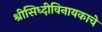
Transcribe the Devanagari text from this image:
श्रीसिध्दीविनायकाचे